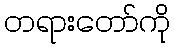
တရားတော်ကို